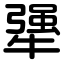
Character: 犟